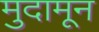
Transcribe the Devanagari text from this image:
मुदामून